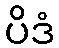
ပိဒံ